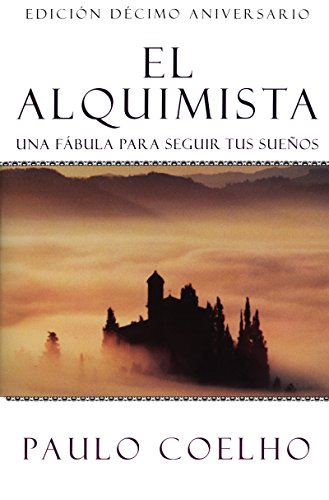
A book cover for El Alquimista: Una Fabula Para Seguir Tus Suenos; Paulo Coelho; Literature & Fiction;